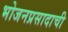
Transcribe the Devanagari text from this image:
भोजनप्रसादाची